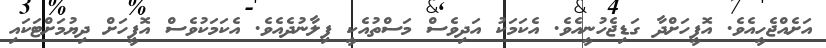
އަށެއްޖެހީއެވެ. އޮފީހަށްދާ ގަޑިޖެހުނީއެވެ. އެކަމަކު އަދިވެސް މަސްތުއެކީ ފިލާނުދެއެވެ. އެކަމަކުވެސް އޮފީހަށް ދިޔުމަށްޓަކައި